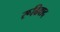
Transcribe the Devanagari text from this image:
रूढिवाद